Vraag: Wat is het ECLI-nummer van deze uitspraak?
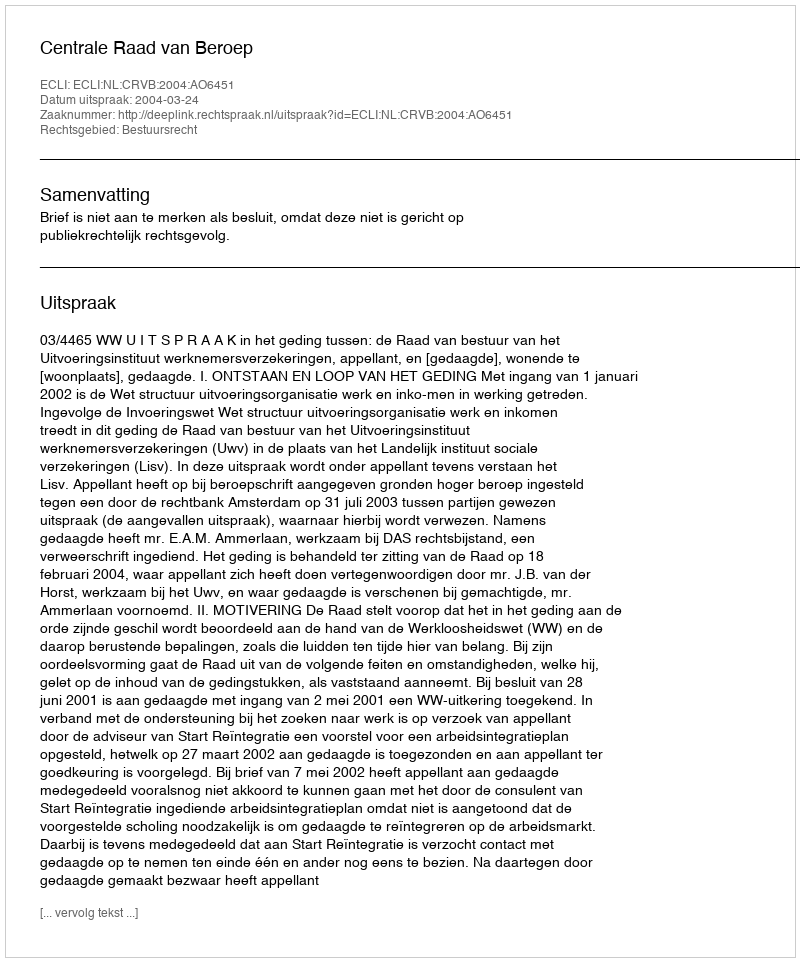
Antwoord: ECLI:NL:CRVB:2004:AO6451